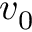
v _ { 0 }